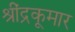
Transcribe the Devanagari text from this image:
श्रींद्रकूमार